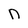
Character: n